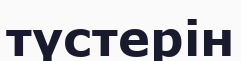
түстерін